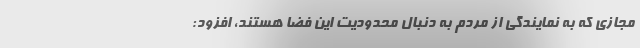
مجازی که به نمایندگی از مردم به دنبال محدودیت این فضا هستند، افزود: